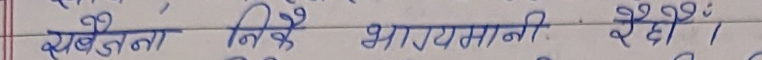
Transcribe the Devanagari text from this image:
खैतना लिखे भारय मानी २६ दी ।